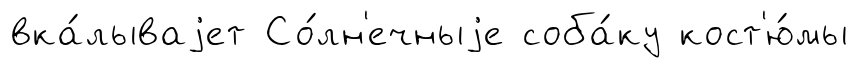
вка́лываjет Со́лн'ечныjе соба́ку кост'ю́мы